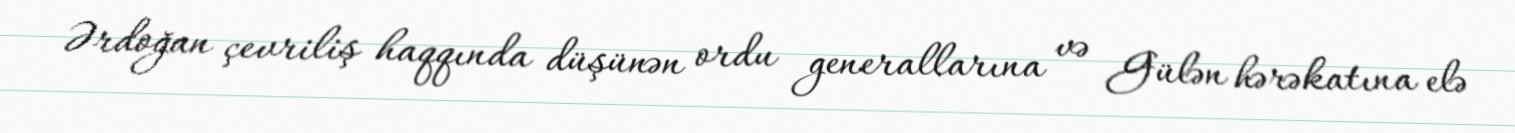
Ərdoğan çevriliş haqqında düşünən ordu generallarına və Gülən hərəkatına elə